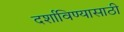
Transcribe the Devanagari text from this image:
दर्शाविण्यासाठी